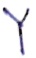
Text: Y